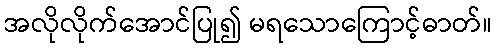
အလိုလိုက်အောင်ပြု၍ မရသောကြောင့်ဓာတ်။